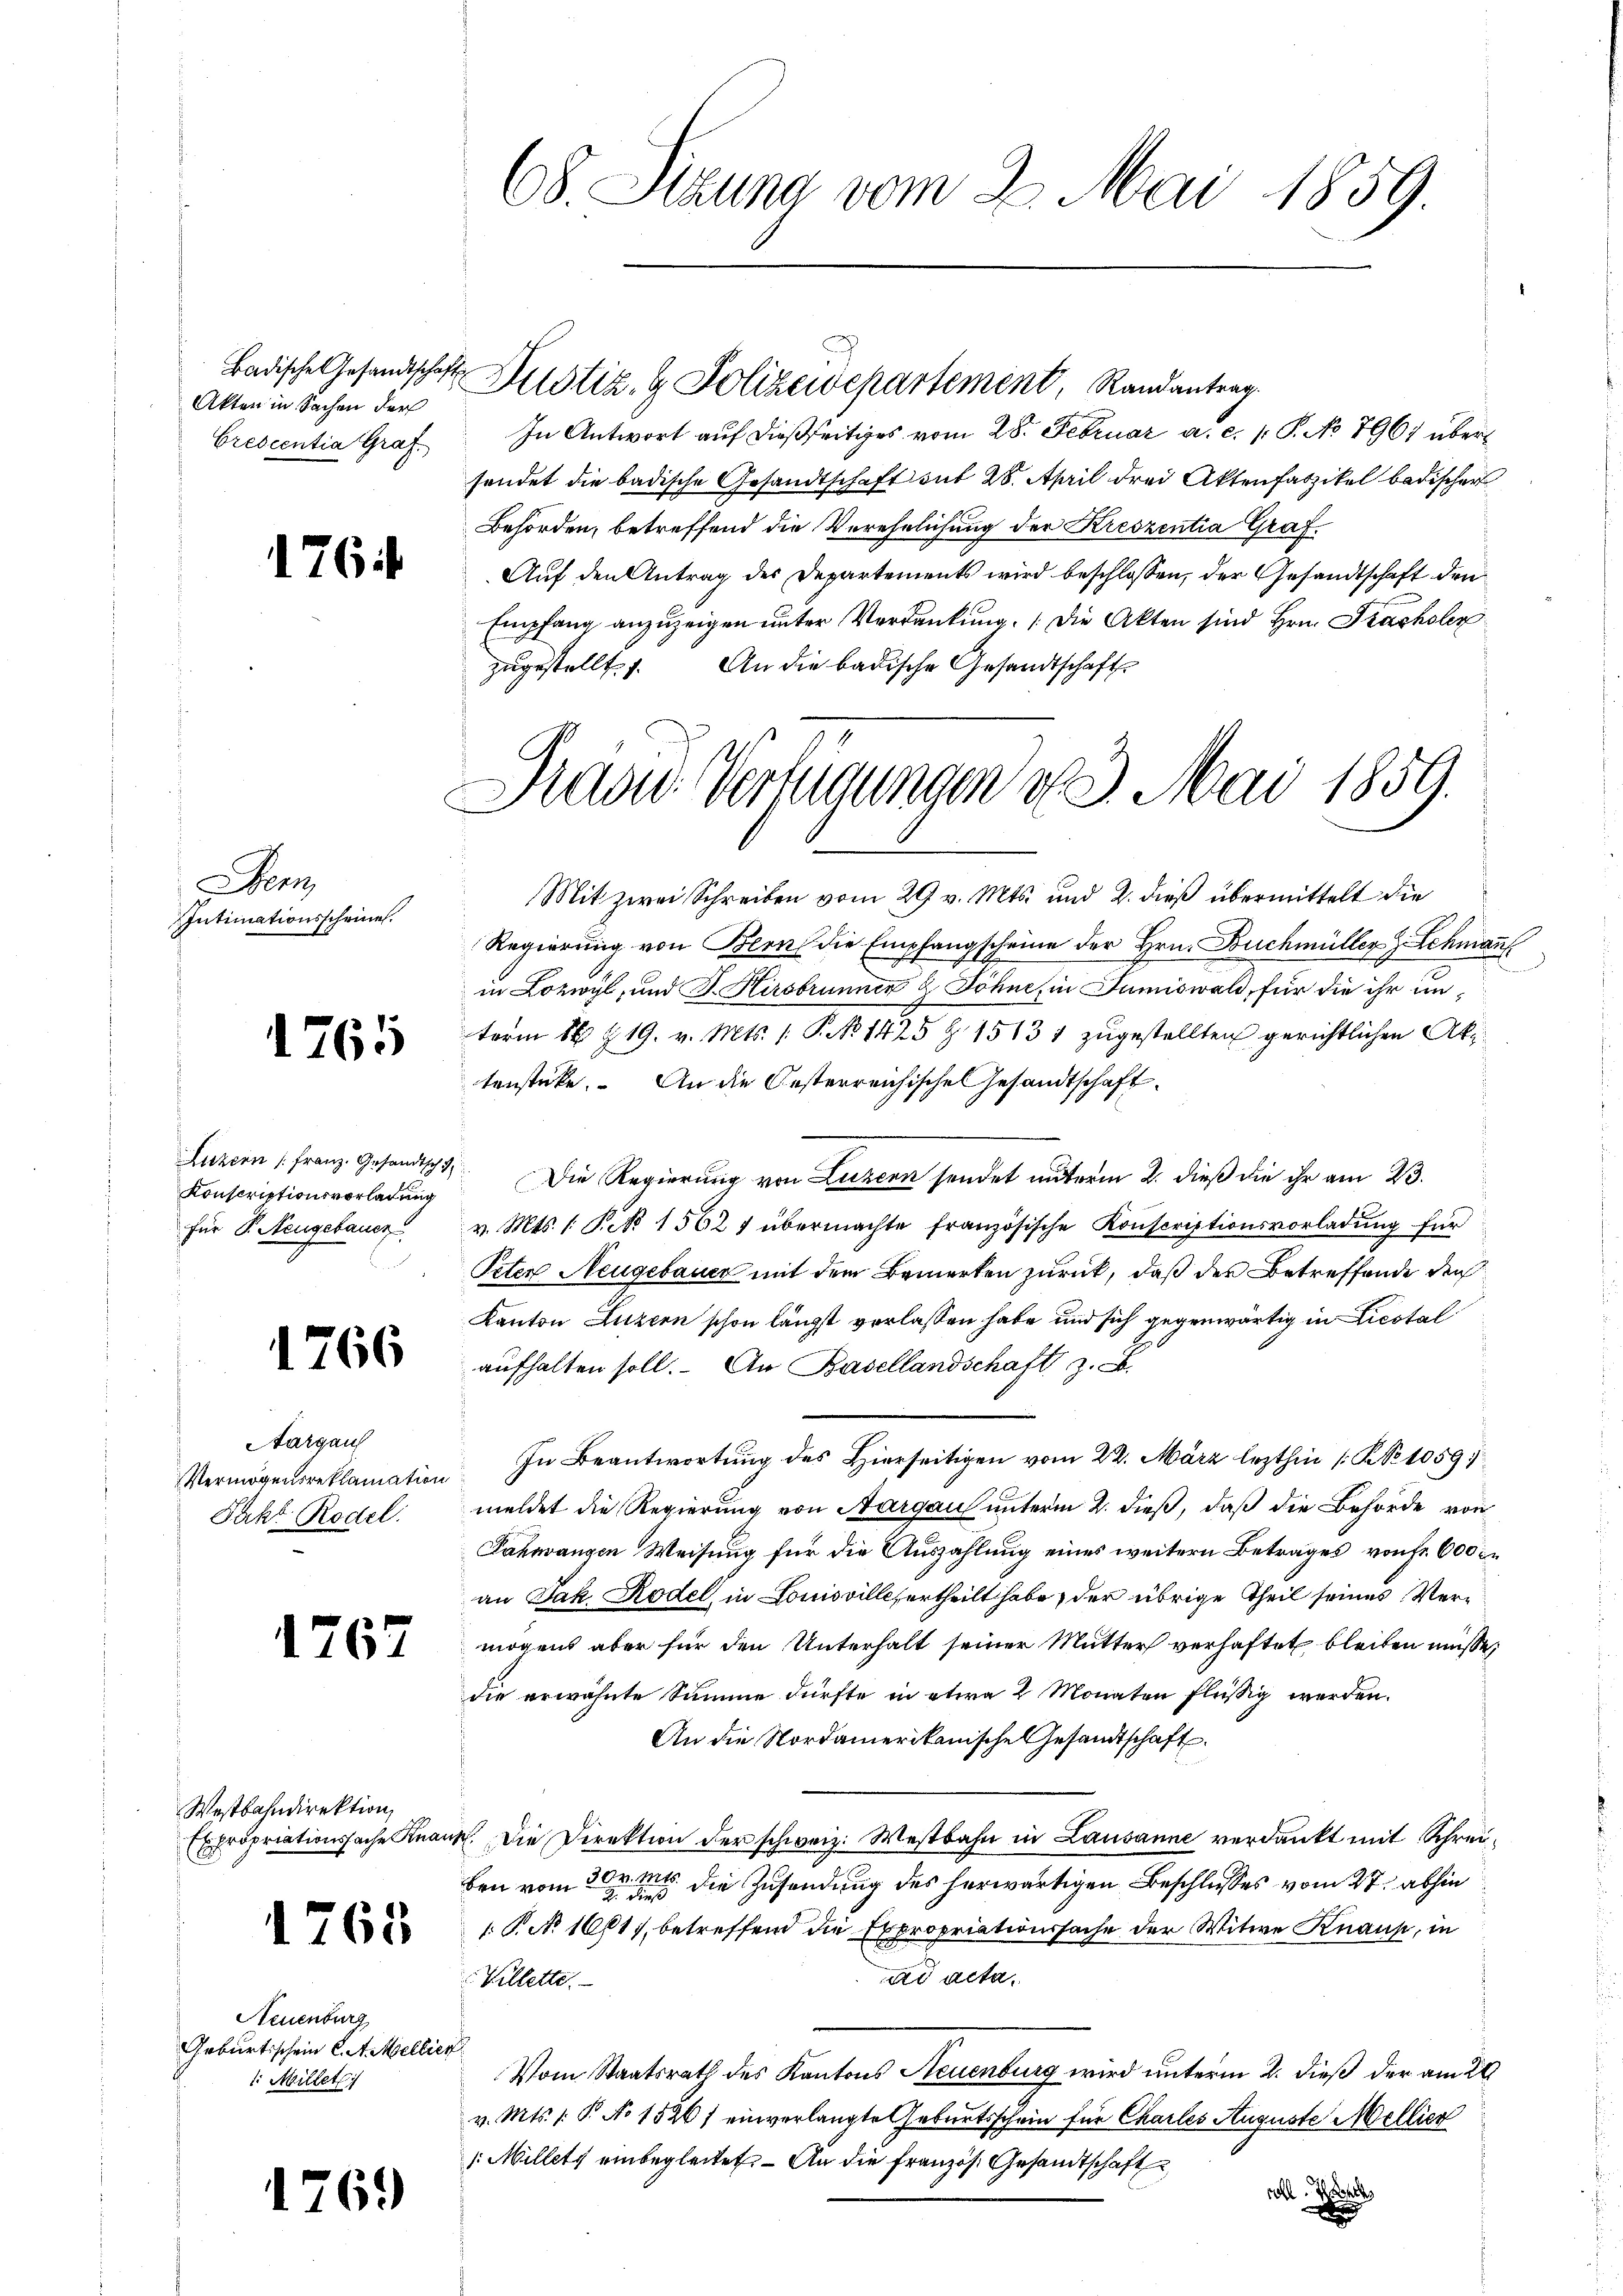
Akten in Sachen der
Crescentia Graf

176

Sem
Intimationsscheinen.

1765

Luzern (Franz. Gesandtsch
Konscriptionsvorladung
für P. Neugebauer

1766

Aargau
Vermögensreklamation
Pakt Rodel.

1767

Westbahndirektion,
Expropriationssache Knanz

1765

Neuenburg
Geburtischein C. A. Mellie
1. Millet

176.

68. Sitzung vom 2. Mai 1859

In Antwort auf dießseitiges vom 28. Februar a. c. 1. P. No 7967 über
sendet die badische Gesandtschaft mit 28. April drei Aktenfaszikel badischer
Behörden, betreffend die Verehelichung der Kreszentia Graf¬
Auf den Antrag des Departements wird beschlossen, der Gesandtschaft den
Empfang anzuzeigen unter Verdankung, (die Akten sind Hrn. Frachsler
zŭgestellt. 1. An die badische Gesandtschaft

Badische Gesandtschaft Zustiz & Polizewepartement, Randantrag

Dras Verfügungen 23. Mai 1859.

Mit zwei Schreiben vom 29 v. Mts. und 2. dieß übermittelt die
Regierung von Blen die Empfangscheine der Hrn. Buchmüller z. Schman
in Lozwyl, und F. Hirsbrunner & Söhne, in Sumiswald, für die ihr unterm 14 § 19. v. Mts. 1. P. No 1425 Z. 1513 1 zugestellten gerichtlichen Aktenstücke. An die Oesterreichische Gesandtschaft
 Die Regierung von Luzern sendet unterm 2. dieß die ihr am 23.
v. Mts. 1. Feb 15027 übermachte französische Konscriptionsvorladung für
Peter Neugebauer mit dem Bemerken zurück, daß des Betreffende der
Kanton Luzern schon längst verlassen habe und sich gegenwärtig in Liestal
aufhalten soll. An Basellandschaft z. B.
In Beantwortung des Hierseitigen vom 22. März lezthin [NNo 1059
meldet die Regierung von Aargau unterm 2. dieß, daß die Behörde von
Fahrrangen Weisung für die Auszahlung eines weitern Betrages von fr. 600 er
an Jak. Rodel in Louisvilles ertheilt habe der übrige Theil seines Vermögens aber für den Unterhalt seiner Mutter verhaftet bleiben müsse,
die erwähnte Summe dürfte in etwa 2 Monaten flüssig werden.
An die Nordamerikanische Gesandtschaft.
e. Die Direktion der schweiz. Westbahn in Lausanne verdankt mit Schreiben vom 30. Mts. die Zusendung des herwärtigen Beschlusses vom 27. abhin
 P. No 1601), betreffend die Expropriationssache der Witwe Knaus, in
ad acta.
Villette.
Vom Staatsrath des Kantons Neuenburg wird unterm 2. dieß der am 29
v. Mts. 1. P. No 1526) einverlangte Geburtsschein für Charles Auguste Mellier
1 Millets einbegleitet. An die französ. Gesandtschaft
soll. We